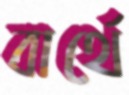
বার্থে